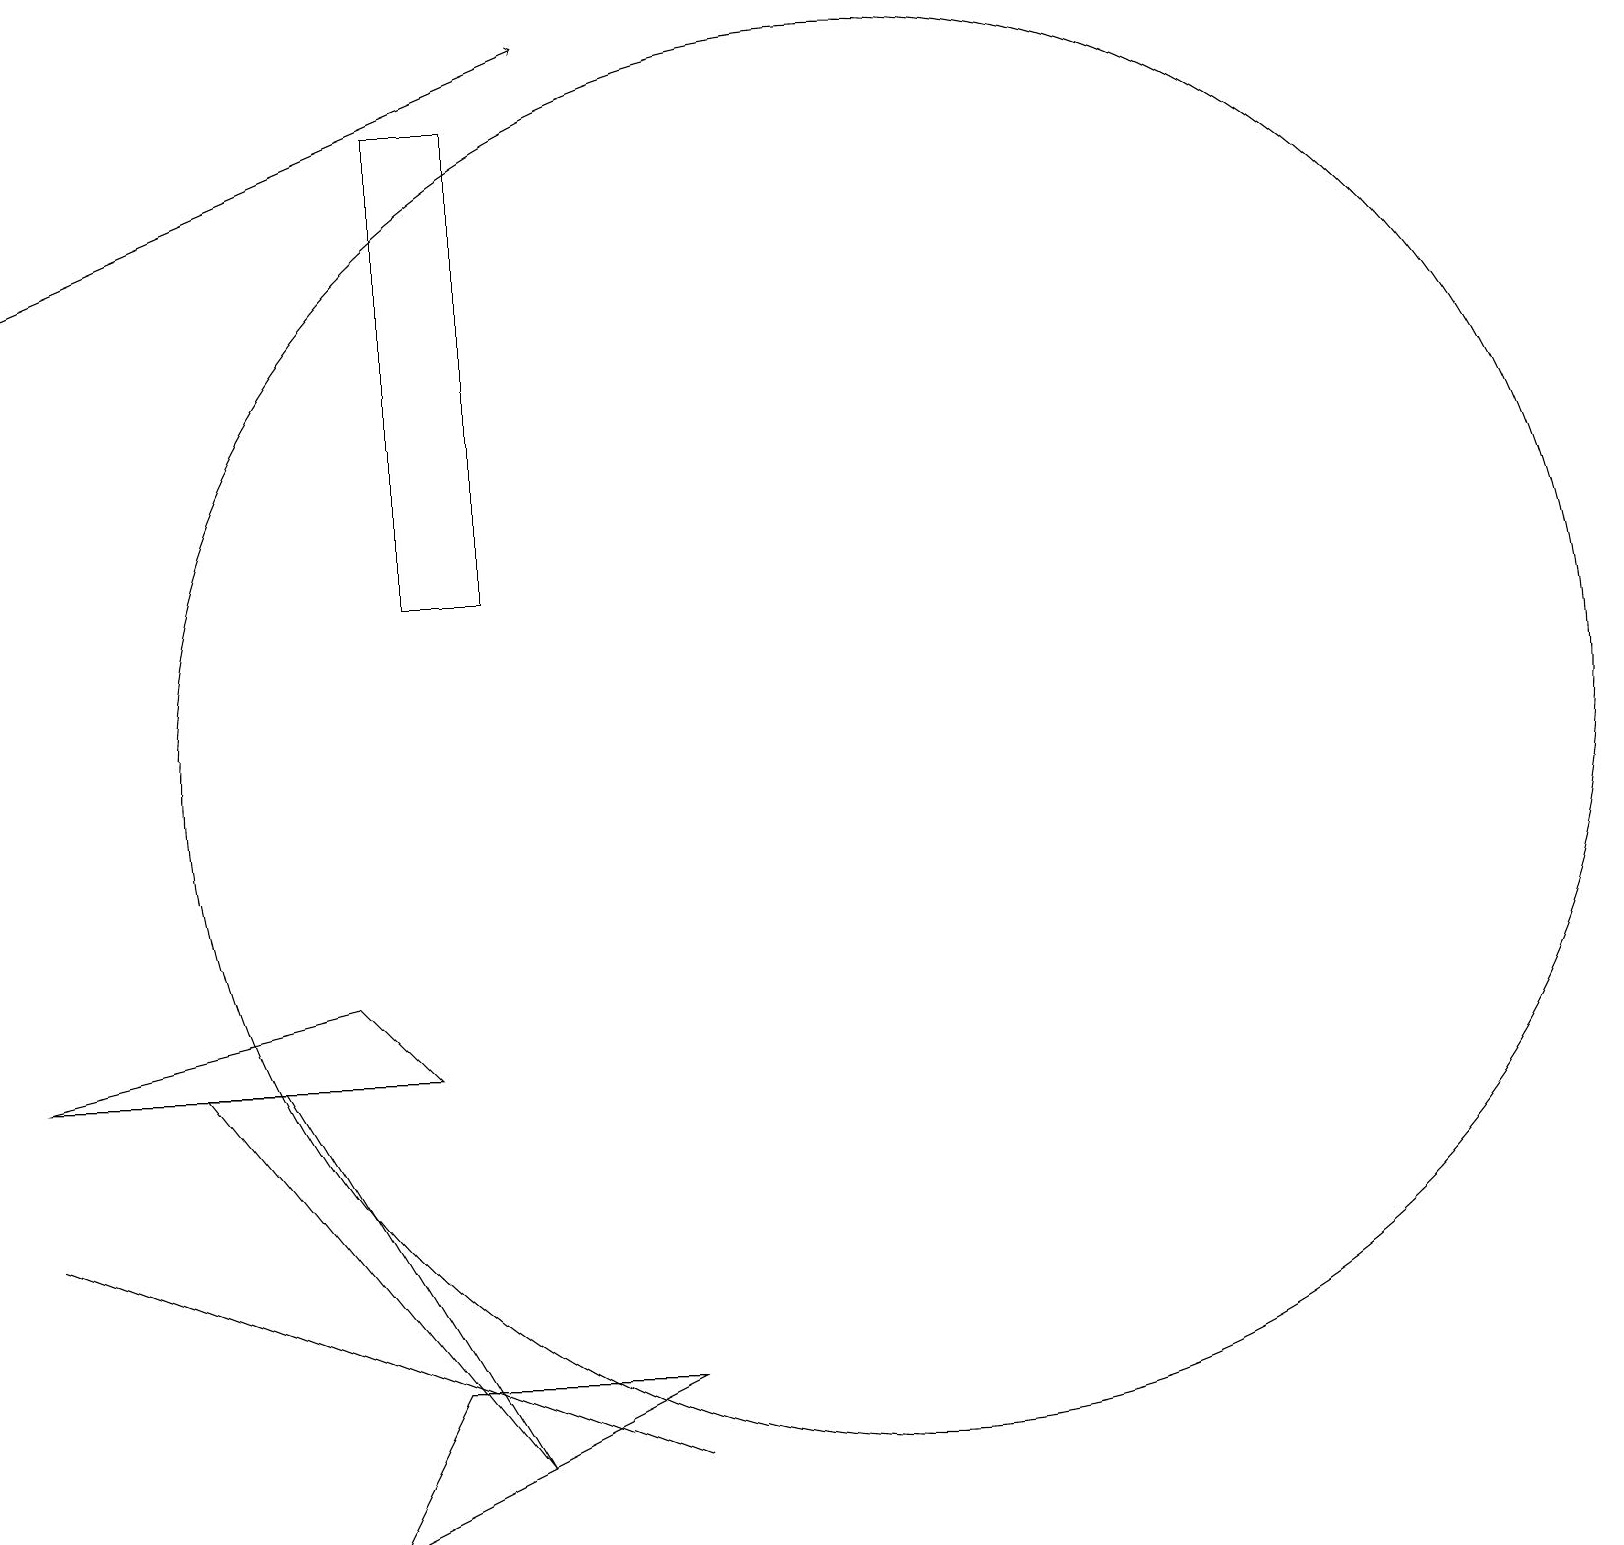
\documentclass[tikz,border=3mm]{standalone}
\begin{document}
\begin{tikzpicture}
\draw (2,6) -- (3,6) -- (6,1) -- cycle;
\draw (11,10) circle (9);
\draw[->] (0,16) -- (7,19);
\draw (4,7) -- (5,6) -- (0,6) -- cycle;
\draw (0,4) -- (8,1) -- (0,4) -- cycle;
\draw (5,14) rectangle (5,17);
\draw (4,0) -- (8,2) -- (5,2) -- cycle;
\draw (5,12) rectangle (6,18);
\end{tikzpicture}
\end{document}